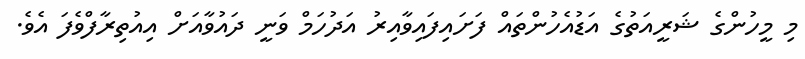
މި މީހުންގެ ޝަރީއަތުގެ އަޑުއެހުންތައް ފަށައިފައިވާއިރު އަދުހަމް ވަނީ ދައުވާއަށް އިއުތިރާފްވެފަ އެވެ.